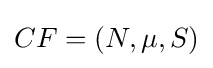
CF=(N,\mu ,S)